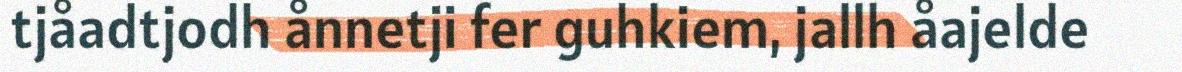
tjåadtjodh ånnetji fer guhkiem, jallh åajelde